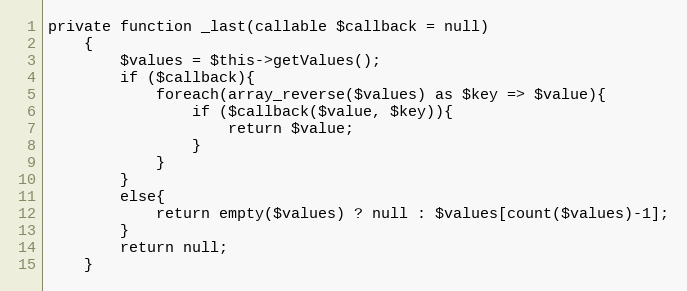
Language: PHP
private function _last(callable $callback = null)
    {
        $values = $this->getValues();
        if ($callback){
            foreach(array_reverse($values) as $key => $value){
                if ($callback($value, $key)){
                    return $value;
                }
            }
        }
        else{
            return empty($values) ? null : $values[count($values)-1];
        }
        return null;
    }